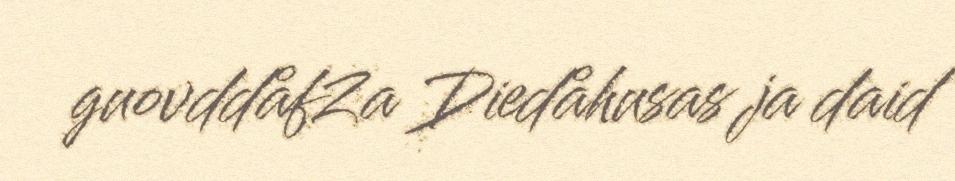
guovddåfZa Diedåhusas ja daid